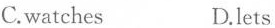
C.watches D.lets